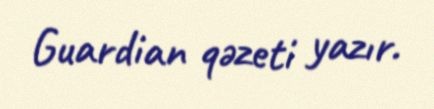
Guardian qəzeti yazır.